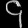
Digit: ၄